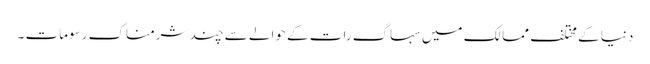
دنیا کے مختلف ممالک میں سہاگ رات کے حوالے سے چند شرمناک رسومات ۔